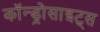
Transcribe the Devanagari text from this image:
कॉन्ड्रोसाइट्स